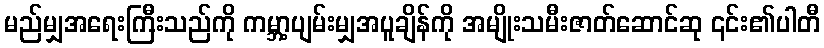
မည်မျှအရေးကြီးသည်ကို ကမ္ဘာ့ပျမ်းမျှအပူချိန်ကို အမျိုးသမီးဇာတ်ဆောင်ဆု ၎င်း၏ပါတီ